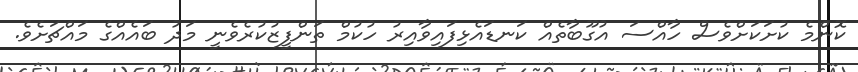
ކޮންމެ ކުށަކަށްވެސް ހާއްސަ އުގޫބާތެއް ކަނޑައެޅިފައިވާއިރު ހުކުމް ތަންފީޒުކުރެވެނީ މަދު ބައެއްގެ މައްޗަށެވެ.